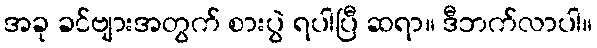
အခု ခင်ဗျားအတွက် စားပွဲ ရပါပြီ ဆရာ။ ဒီဘက်လာပါ။